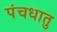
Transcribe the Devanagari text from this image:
पंचधातु